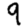
Digit: 9